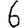
Digit: 6